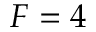
F = 4